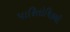
પારિતોષિકથી